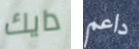
دايك داعم